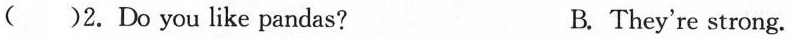
( )2.Do you like pandas? B. They're strong.